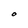
Character: O